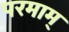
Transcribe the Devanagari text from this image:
परमाम्